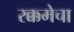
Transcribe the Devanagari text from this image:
रक्कमेचा